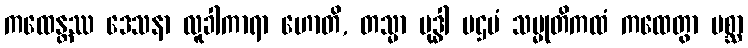
ကထေန္တဿ ဒေသနာ လူခါကာရာ ဟောတိ, တသ္မာ ဗုဒ္ဓါ ပဌမံ သမ္မုတိကထံ ကထေတွာ ပစ္ဆာ